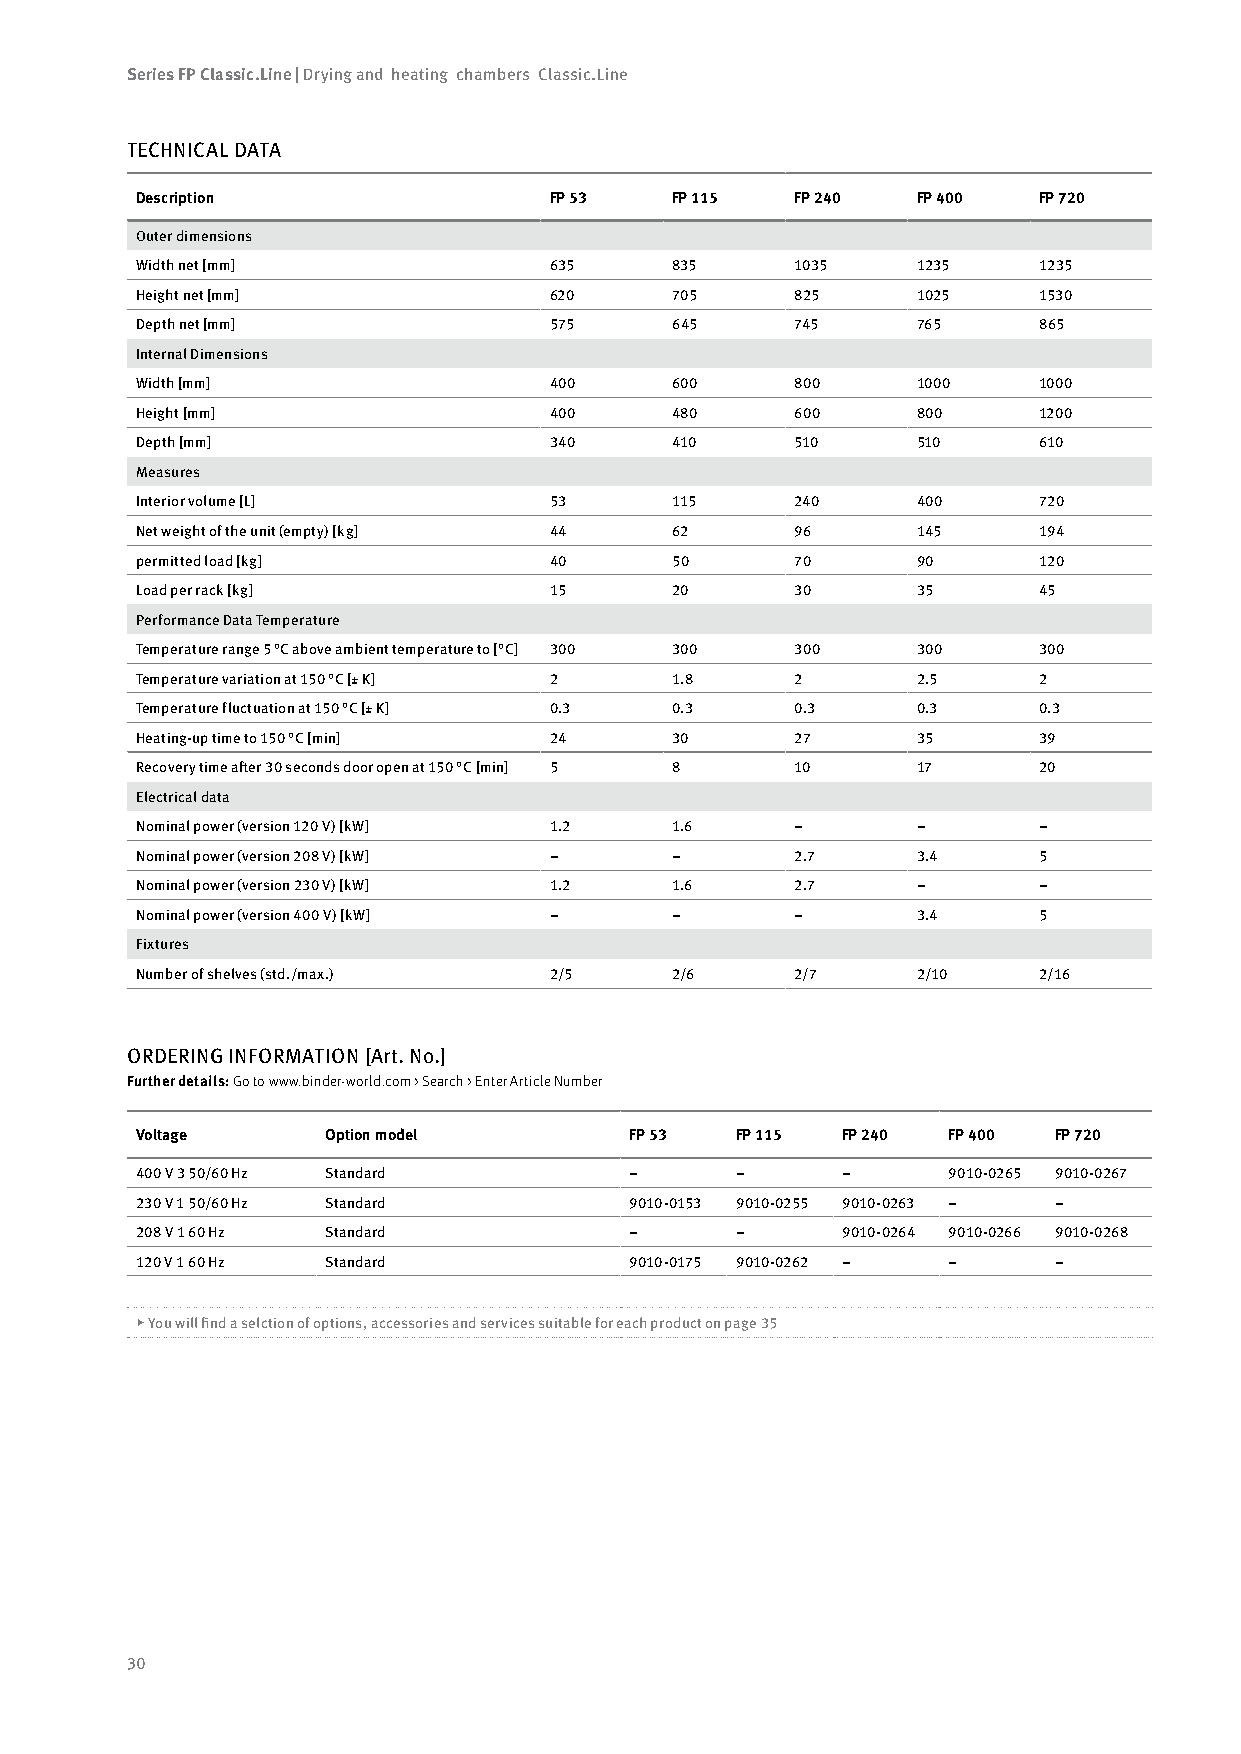
Series FP Classic.Line | Drying and heating chambers Classic.Line
 TECHNICAL DATA
 Description                FP 53   FP 115   FP 240  FP 400  FP 720
 Outer dimensions
 Width net [mm]             635     835      1035    1235    1235
 Height net [mm]            620     705      825     1025    1530
 Depth net [mm]             575     645      745     765     865
 Internal Dimensions
 Width [mm]                 400     600      800     1000    1000
 Height [mm]                400     480      600     800     1200
 Depth [mm]                 340     410      510     510     610
 Measures
 Interior volume [L]        53      115      240     400     720
 Net weight of the unit (empty) [kg] 44 62   96      145     194
 permitted load [kg]        40      50       70      90      120
 Load per rack [kg]         15      20       30      35      45
 Performance Data Temperature
 Temperature range 5 °C above ambient temperature to [°C] 300 300 300 300 300
 Temperature variation at 150 °C [± K] 2 1.8 2       2.5     2
 Temperature fluctuation at 150 °C [± K] 0.3 0.3 0.3 0.3     0.3
 Heating-up time to 150 °C [min] 24 30       27      35      39
 Recovery time after 30 seconds door open at 150 °C [min] 5 8 10 17 20
 Electrical data
 Nominal power (version 120 V) [kW] 1.2 1.6  –       –       –
 Nominal power (version 208 V) [kW] – –      2.7     3.4     5
 Nominal power (version 230 V) [kW] 1.2 1.6  2.7     –       –
 Nominal power (version 400 V) [kW] – –      –       3.4     5
 Fixtures
 Number of shelves (std./max.) 2/5  2/6      2/7     2/10    2/16
 ORDERING INFORMATION [Art. No.]
 Further details: Go to www.binder-world.com > Search > Enter Article Number
 Voltage      Option model        FP 53  FP 115 FP 240 FP 400 FP 720
 400 V 3 50/60 Hz Standard        –      –      –      9010-0265 9010-0267
 230 V 1 50/60 Hz Standard        9010-0153 9010-0255 9010-0263 – –
 208 V 1 60 Hz Standard           –      –      9010-0264 9010-0266 9010-0268
 120 V 1 60 Hz Standard           9010-0175 9010-0262 – –     –
 ▶ You will find a selction of options, accessories and services suitable for each product on page 35
 30